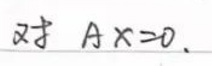
对\(Ax = 0\)。